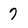
Character: 7